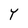
Character: Y